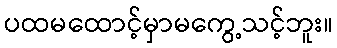
ပထမထောင့်မှာမကွေ့သင့်ဘူး။